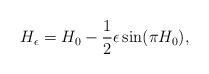
LaTeX: \begin{align*}H_{\epsilon}=H_{0}-\frac{1}{2}\epsilon\sin(\pi H_{0}),\end{align*}